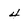
Character: 4